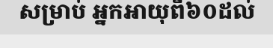
សម្រាប់ អ្នកអាយុពី៦០ដល់